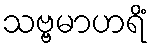
သဗ္ဗမာဟရိံ